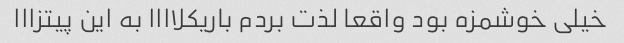
خیلی خوشمزه بود واقعا لذت بردم باریکلاااا به این پیتزااا